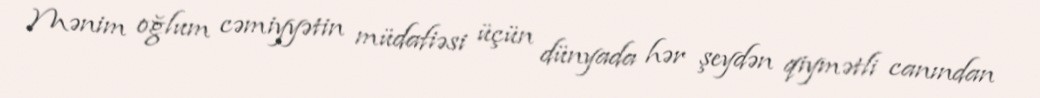
Mənim oğlum cəmiyyətin müdafiəsi üçün dünyada hər şeydən qiymətli canından